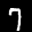
Label: 7